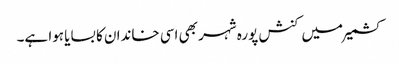
کشمیر میں کنش پورہ شہر بھی اسی خاندان کا بسایا ہوا ہے۔